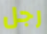
رجل